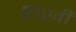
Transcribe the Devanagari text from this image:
तिखी